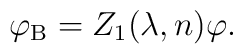
\varphi _{{\rm B}}=Z_{1}(\lambda ,n)\varphi .